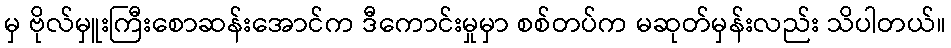
မှ ဗိုလ်မှူးကြီးစောဆန်းအောင်က ဒီကောင်းမှုမှာ စစ်တပ်က မဆုတ်မှန်းလည်း သိပါတယ်။